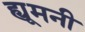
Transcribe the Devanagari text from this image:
ह्यूमनी